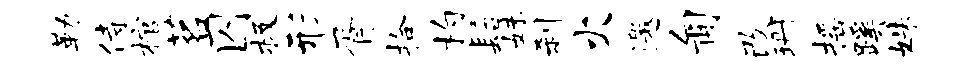
勒侍棺茗囚极形胥拾杓髫妹刹火邀匍改珊摇蹊姝